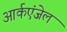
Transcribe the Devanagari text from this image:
आर्कएंजेल